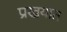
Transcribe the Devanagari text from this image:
प्रखयात